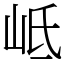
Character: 岻